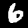
Digit: 6